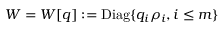
W = W [ q ] : = { \mathrm { D i a g } } \{ q _ { i } \rho _ { i } , i \leq m \}